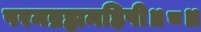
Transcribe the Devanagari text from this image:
परमब्रह्ममहिषी॥८॥